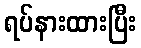
ရပ်နားထားပြီး